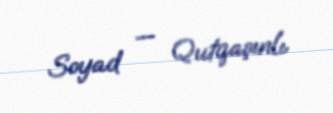
Soyad — Qutqaşınlı